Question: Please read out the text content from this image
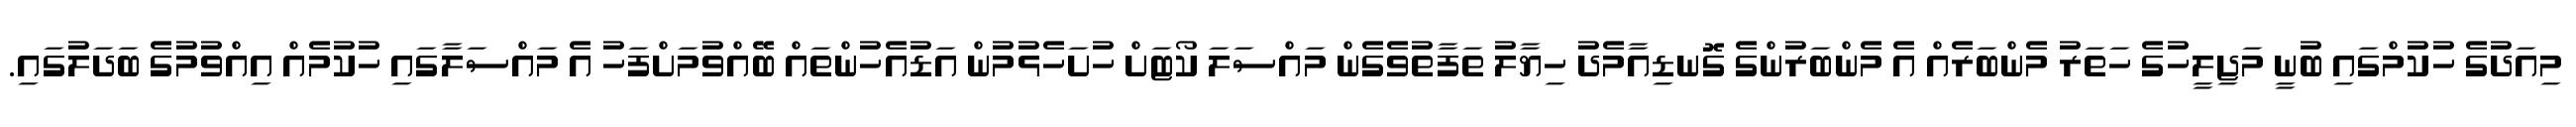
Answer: މިއަދުގެ ހުކުމްގައި ބުނީ މަޖިލީހުގެ ހަތަރު މެންބަރެއް އެ މެންބަރުންގެ ގޮނޑިއާމެދު ހިޔާލު ތަފާތުވެގެން މައްސަލަ ކޯޓަށް ހުށަހެޅުމުން އަޑުއެހުންތައް ބޭއްވުމަށްފަހު އެ މައްސަލާގައި ހުކުމެއް އިއްވުމުގެ ބަދަލުގައި.